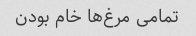
تمامی مرغ‌ها خام بودن